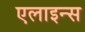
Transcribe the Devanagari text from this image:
एलाइन्स